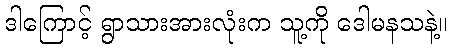
ဒါကြောင့် ရွာသားအားလုံးက သူ့ကို ဒေါမနသနဲ့။